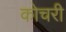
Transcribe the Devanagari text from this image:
कोचरी